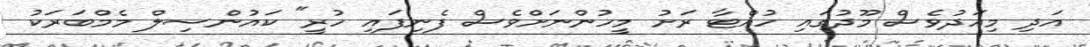
އަދި މިއަދުވެސް މޫދުގައި ހުއްޓާ ރަށު މީހުންނަށްވެސް ފެނިފައި ހުރީ" ކައުންސިލް މެމްބަރަކު